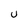
Character: U